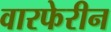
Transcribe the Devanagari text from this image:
वारफेरीन